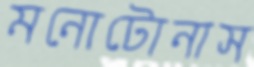
মনোটোনাস